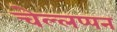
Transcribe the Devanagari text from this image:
चेल्लप्पन